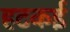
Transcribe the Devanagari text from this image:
हटकई